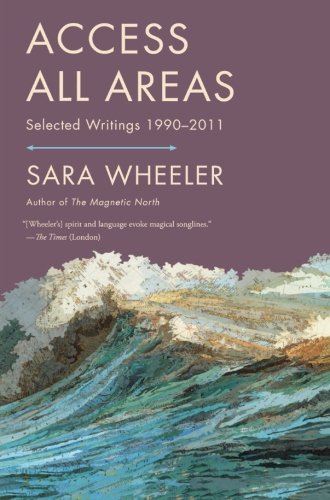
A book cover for Access All Areas: Selected Writings 1990-2011; Sara Wheeler; Travel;